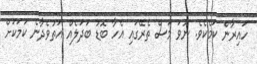
ހައިރާން ކަމެކެވެ. ނުވަ މަސް ތެރޭގައި އެހާ ބޮޑު ބަދަލެއް އަތުވެދާނެ ކަމަކަށް